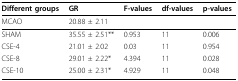
<table><thead><tr><td><b>Different groups</b></td><td><b>GR</b></td><td><b>F-values</b></td><td><b>df-values</b></td><td><b>p-values</b></td></tr></thead><tbody><tr><td>MCAO</td><td>20.88 ± 2.11</td><td></td><td></td><td></td></tr><tr><td>SHAM</td><td>35.55 ± 2.51**</td><td>0.953</td><td>11</td><td>0.006</td></tr><tr><td>CSE-4</td><td>21.01 ± 2.02</td><td>0.03</td><td>11</td><td>0.954</td></tr><tr><td>CSE-8</td><td>29.01 ± 2.22*</td><td>4.394</td><td>11</td><td>0.028</td></tr><tr><td>CSE-10</td><td>25.00 ± 2.31*</td><td>4.929</td><td>11</td><td>0.048</td></tr></tbody></table>